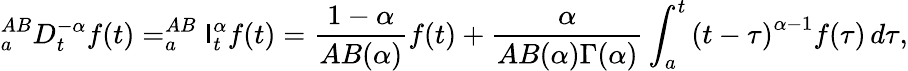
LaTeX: _{a}^{AB}D_{t}^{-\alpha}f(t)=_{a}^{AB}\mathsf{I}_{t}^{\alpha}f(t)={\frac{{1-\alpha}}{{AB(\alpha)}}}f(t)+{\frac{{\alpha}}{{AB(\alpha)\Gamma(\alpha)}}}\int_{a}^{t}\left(t-\tau\right)^{\alpha-1}f(\tau)\, d\tau,